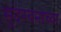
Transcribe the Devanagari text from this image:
सुंदरबनाच्या